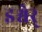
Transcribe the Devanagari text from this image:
इश्वेर्